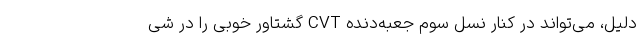
دلیل، می‌تواند در کنار نسل سوم جعبه‌دنده CVT گشتاور خوبی را در شی